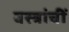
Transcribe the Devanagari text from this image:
वस्त्रांचीं